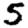
Digit: 5